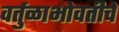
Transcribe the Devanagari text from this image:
वर्तुळाभोवतीचे